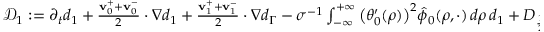
\begin{array} { r } { \mathcal { D } _ { 1 } : = \partial _ { t } d _ { 1 } + \frac { \mathbf { v } _ { 0 } ^ { + } + \mathbf { v } _ { 0 } ^ { - } } { 2 } \cdot \nabla d _ { 1 } + \frac { \mathbf { v } _ { 1 } ^ { + } + \mathbf { v } _ { 1 } ^ { - } } { 2 } \cdot \nabla d _ { \Gamma } - \sigma ^ { - 1 } \int _ { - \infty } ^ { + \infty } \big ( \theta _ { 0 } ^ { \prime } ( \rho ) \big ) ^ { 2 } \hat { \phi } _ { 0 } ( \rho , \cdot ) \, d \rho \, d _ { 1 } + D _ { \frac { 1 } { 2 } } } \end{array}